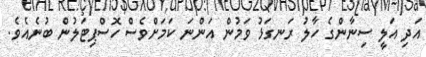
އަދި އަލީ ސިނާންގެ ހާލު ރަނގަޅު ވަމުން އަންނަ ކަމަށްވެސް ހޮސްޕިޓަލުން ބުނެއެވެ.